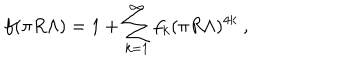
f ( \pi R \Lambda ) = 1 + \sum _ { k = 1 } ^ { \infty } f _ { k } ( \pi R \Lambda ) ^ { 4 k } \ ,